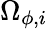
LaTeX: \Omega_{\phi,i}